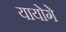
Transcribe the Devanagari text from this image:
यायोगे